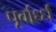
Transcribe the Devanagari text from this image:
पूर्वार्ध्ध